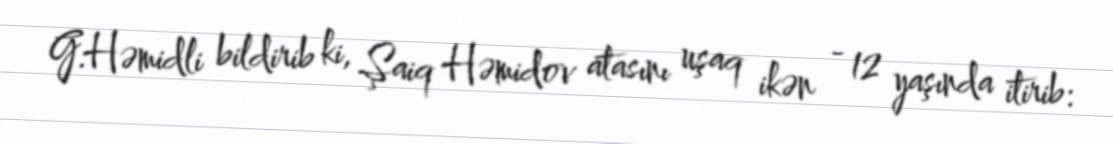
G.Həmidli bildirib ki, Şaiq Həmidov atasını uşaq ikən - 12 yaşında itirib: